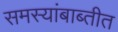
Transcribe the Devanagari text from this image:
समस्यांबाब्तीत